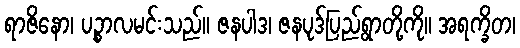
ရာဇိနော၊ ပဉ္စာလမင်းသည်။ ဇနပါဒ၊ ဇနပုဒ်ပြည်ရွာတို့ကို။ အရက္ခိတ၊